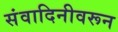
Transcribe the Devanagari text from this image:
संवादिनीवरून